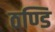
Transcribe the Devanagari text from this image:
ठण्डि